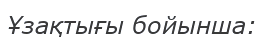
Ұзақтығы бойынша: